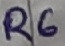
Text: R6